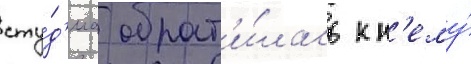
сту́д'иа обрат'и́лась к н'ему́